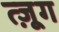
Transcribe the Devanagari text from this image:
त्ज़ूग